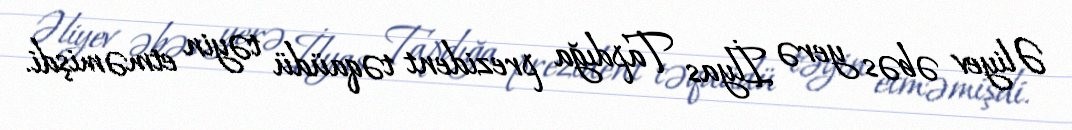
Əliyev əbəs yerə İlyas Tapdığa prezident təqaüdü təyin etməmişdi.